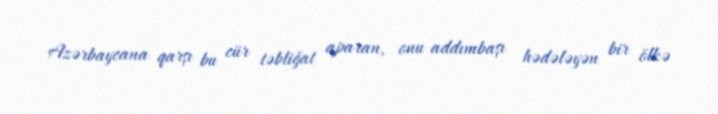
Azərbaycana qarşı bu cür təbliğat aparan, onu addımbaşı hədələyən bir ölkə